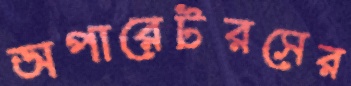
অপারেটরসের